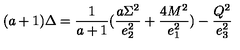
( a + 1 ) \Delta = { \frac { 1 } { a + 1 } } ( { \frac { a \Sigma ^ { 2 } } { e _ { 2 } ^ { 2 } } } + { \frac { 4 M ^ { 2 } } { e _ { 1 } ^ { 2 } } } ) - { \frac { Q ^ { 2 } } { e _ { 3 } ^ { 2 } } }